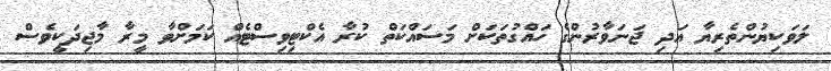
ލަވަކިޔުންތެރިޔާ އަދި ޖަނަވާރުންގެ ހައްގުތަކަށް މަސައްކަތް ކުރާ އެކްޓިވިސްޓެއް ކަމަށްވާ މީރާ މާޖިދަކީވެސް